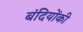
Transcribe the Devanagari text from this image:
बंदियोंकी